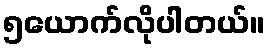
၅ယောက်လိုပါတယ်။